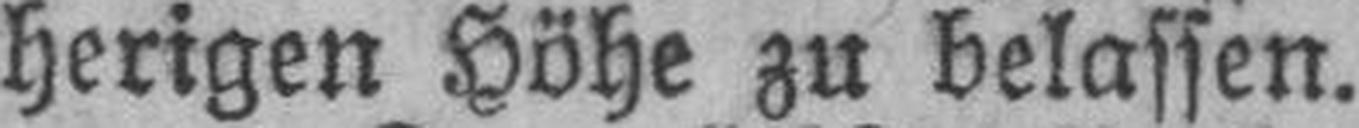
herigen Höhe zu belassen.